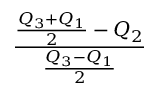
\frac { { \frac { { { Q } _ { 3 } } + { { Q } _ { 1 } } } { 2 } } - { { Q } _ { 2 } } } { \frac { { { Q } _ { 3 } } - { { Q } _ { 1 } } } { 2 } }